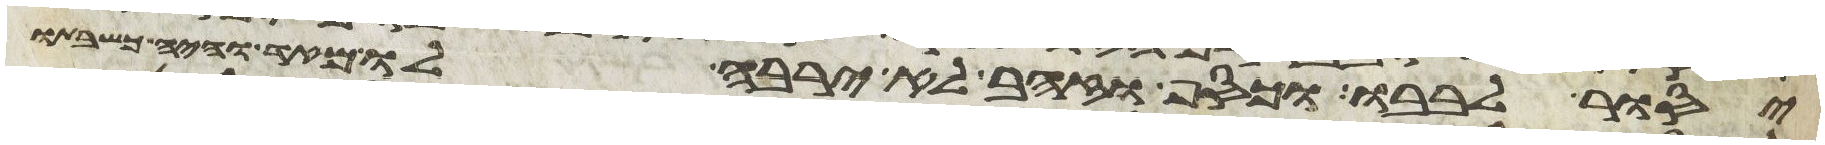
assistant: יסור לבבו וכסף וזהב לא ירבה לו מאד והיה כשבתו